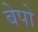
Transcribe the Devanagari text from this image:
बेपो